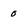
Character: 0